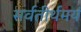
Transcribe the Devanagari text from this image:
सर्वतीर्थमयं